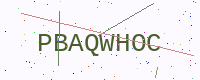
Text: PBAQWHOC